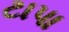
ટાપા